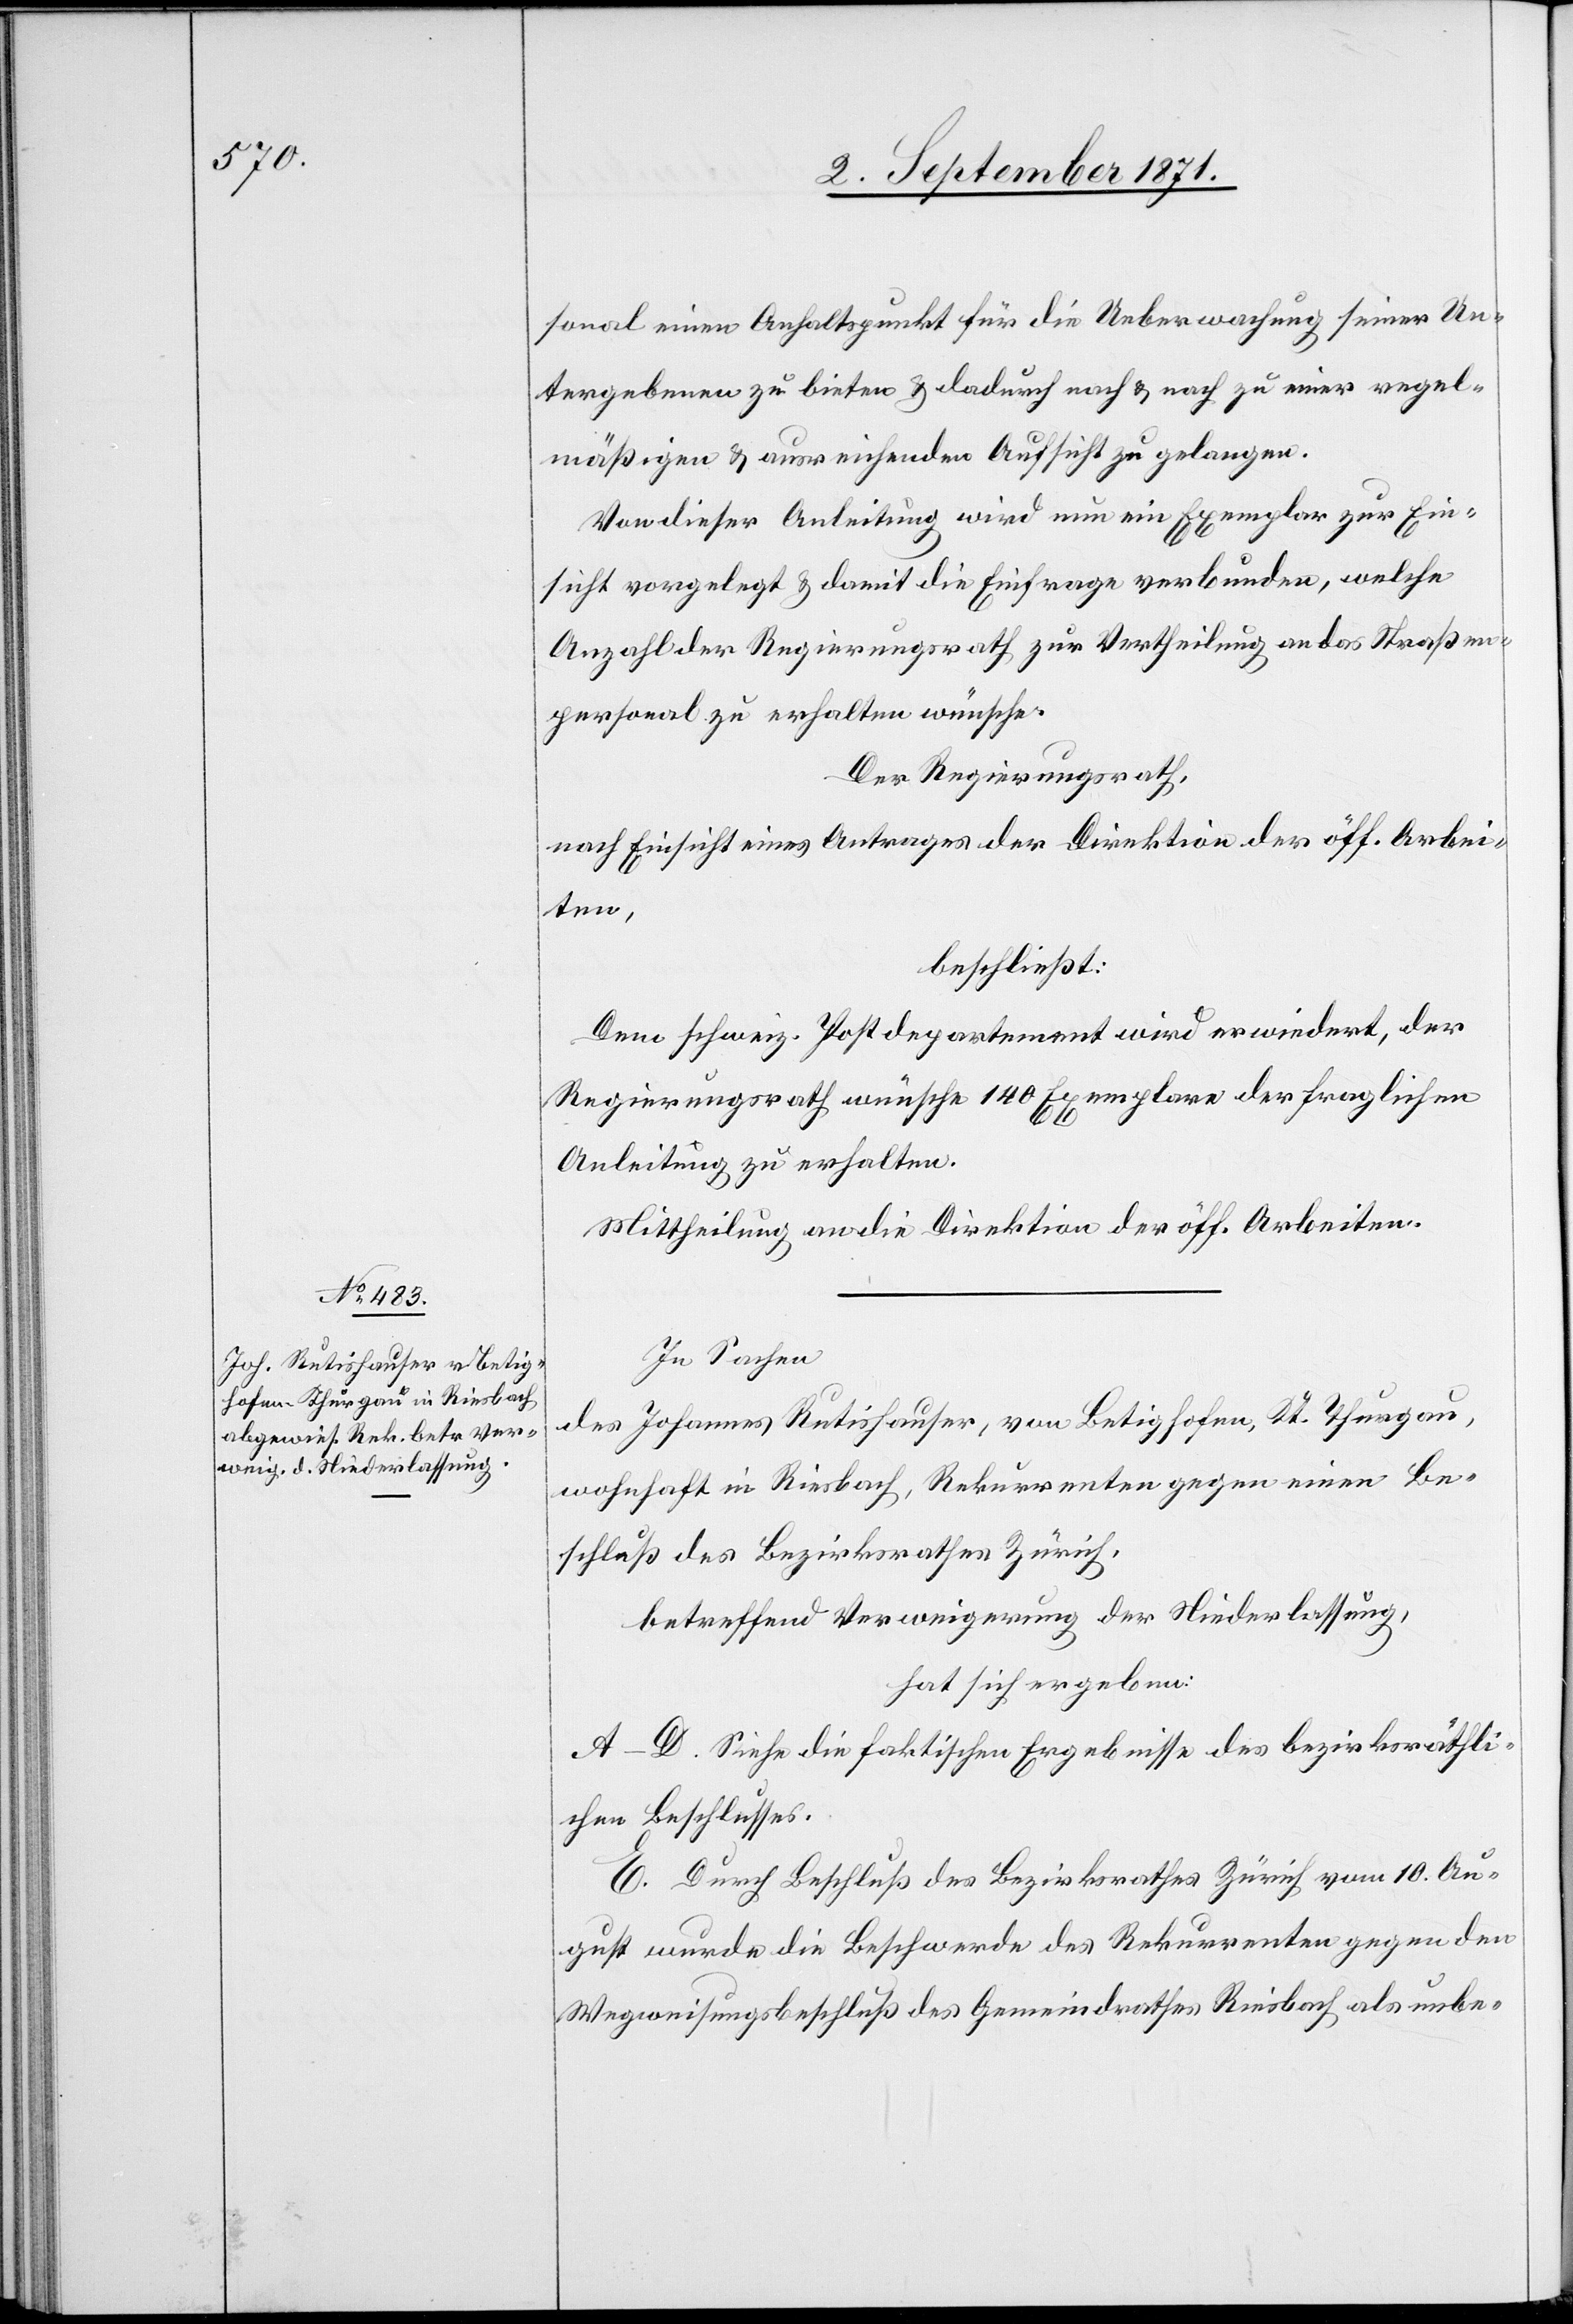
sonal einen Anhaltspunkt für die Ueberwachung seiner Un¬
tergebenen zu bieten & dadurch nach & nach zu einer regel¬
mäßigen & ausreichenden Aufsicht zu gelangen.
Von dieser Anleitung wird nun ein Exemplar zur Ein¬
sicht vorgelegt & damit die Einfrage verbunden, welche
Anzahl der Regierungsrath zur Vertheilung an das Straßen¬
personal zu erhalten wünsche.
Der Regierungsrath,
nach Einsicht eines Antrages der Direktion der öff. Arbei¬
ten,
beschließt:
Dem schweiz. Postdepartement wird erwiedert, der
Regierungsrath wünsche 140 Exemplare der fraglichen
Anleitung zu erhalten.
Mittheilung an die Direktion der öff. Arbeiten.
In Sachen
des Johannes Rutishauser, von Betighofen, Kt. Thurgau,
wohnhaft in Riesbach, Rekurrenten gegen einen Be¬
schluß des Bezirksrathes Zürich,
betreffend Verweigerung der Niederlassung,
hat sich ergeben:
A–D. Siehe die faktischen Ergebnisse des bezirksräthli¬
chen Beschlusses.
E. Durch Beschluß des Bezirksrathes Zürich vom 10. Au¬
gust wurde die Beschwerde des Rekurrenten gegen den
Wegweisungsbeschluß des Gemeindrathes Riesbach als unbe-